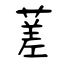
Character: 蒫